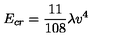
E _ { c r } = { \frac { 1 1 } { 1 0 8 } } \lambda v ^ { 4 }